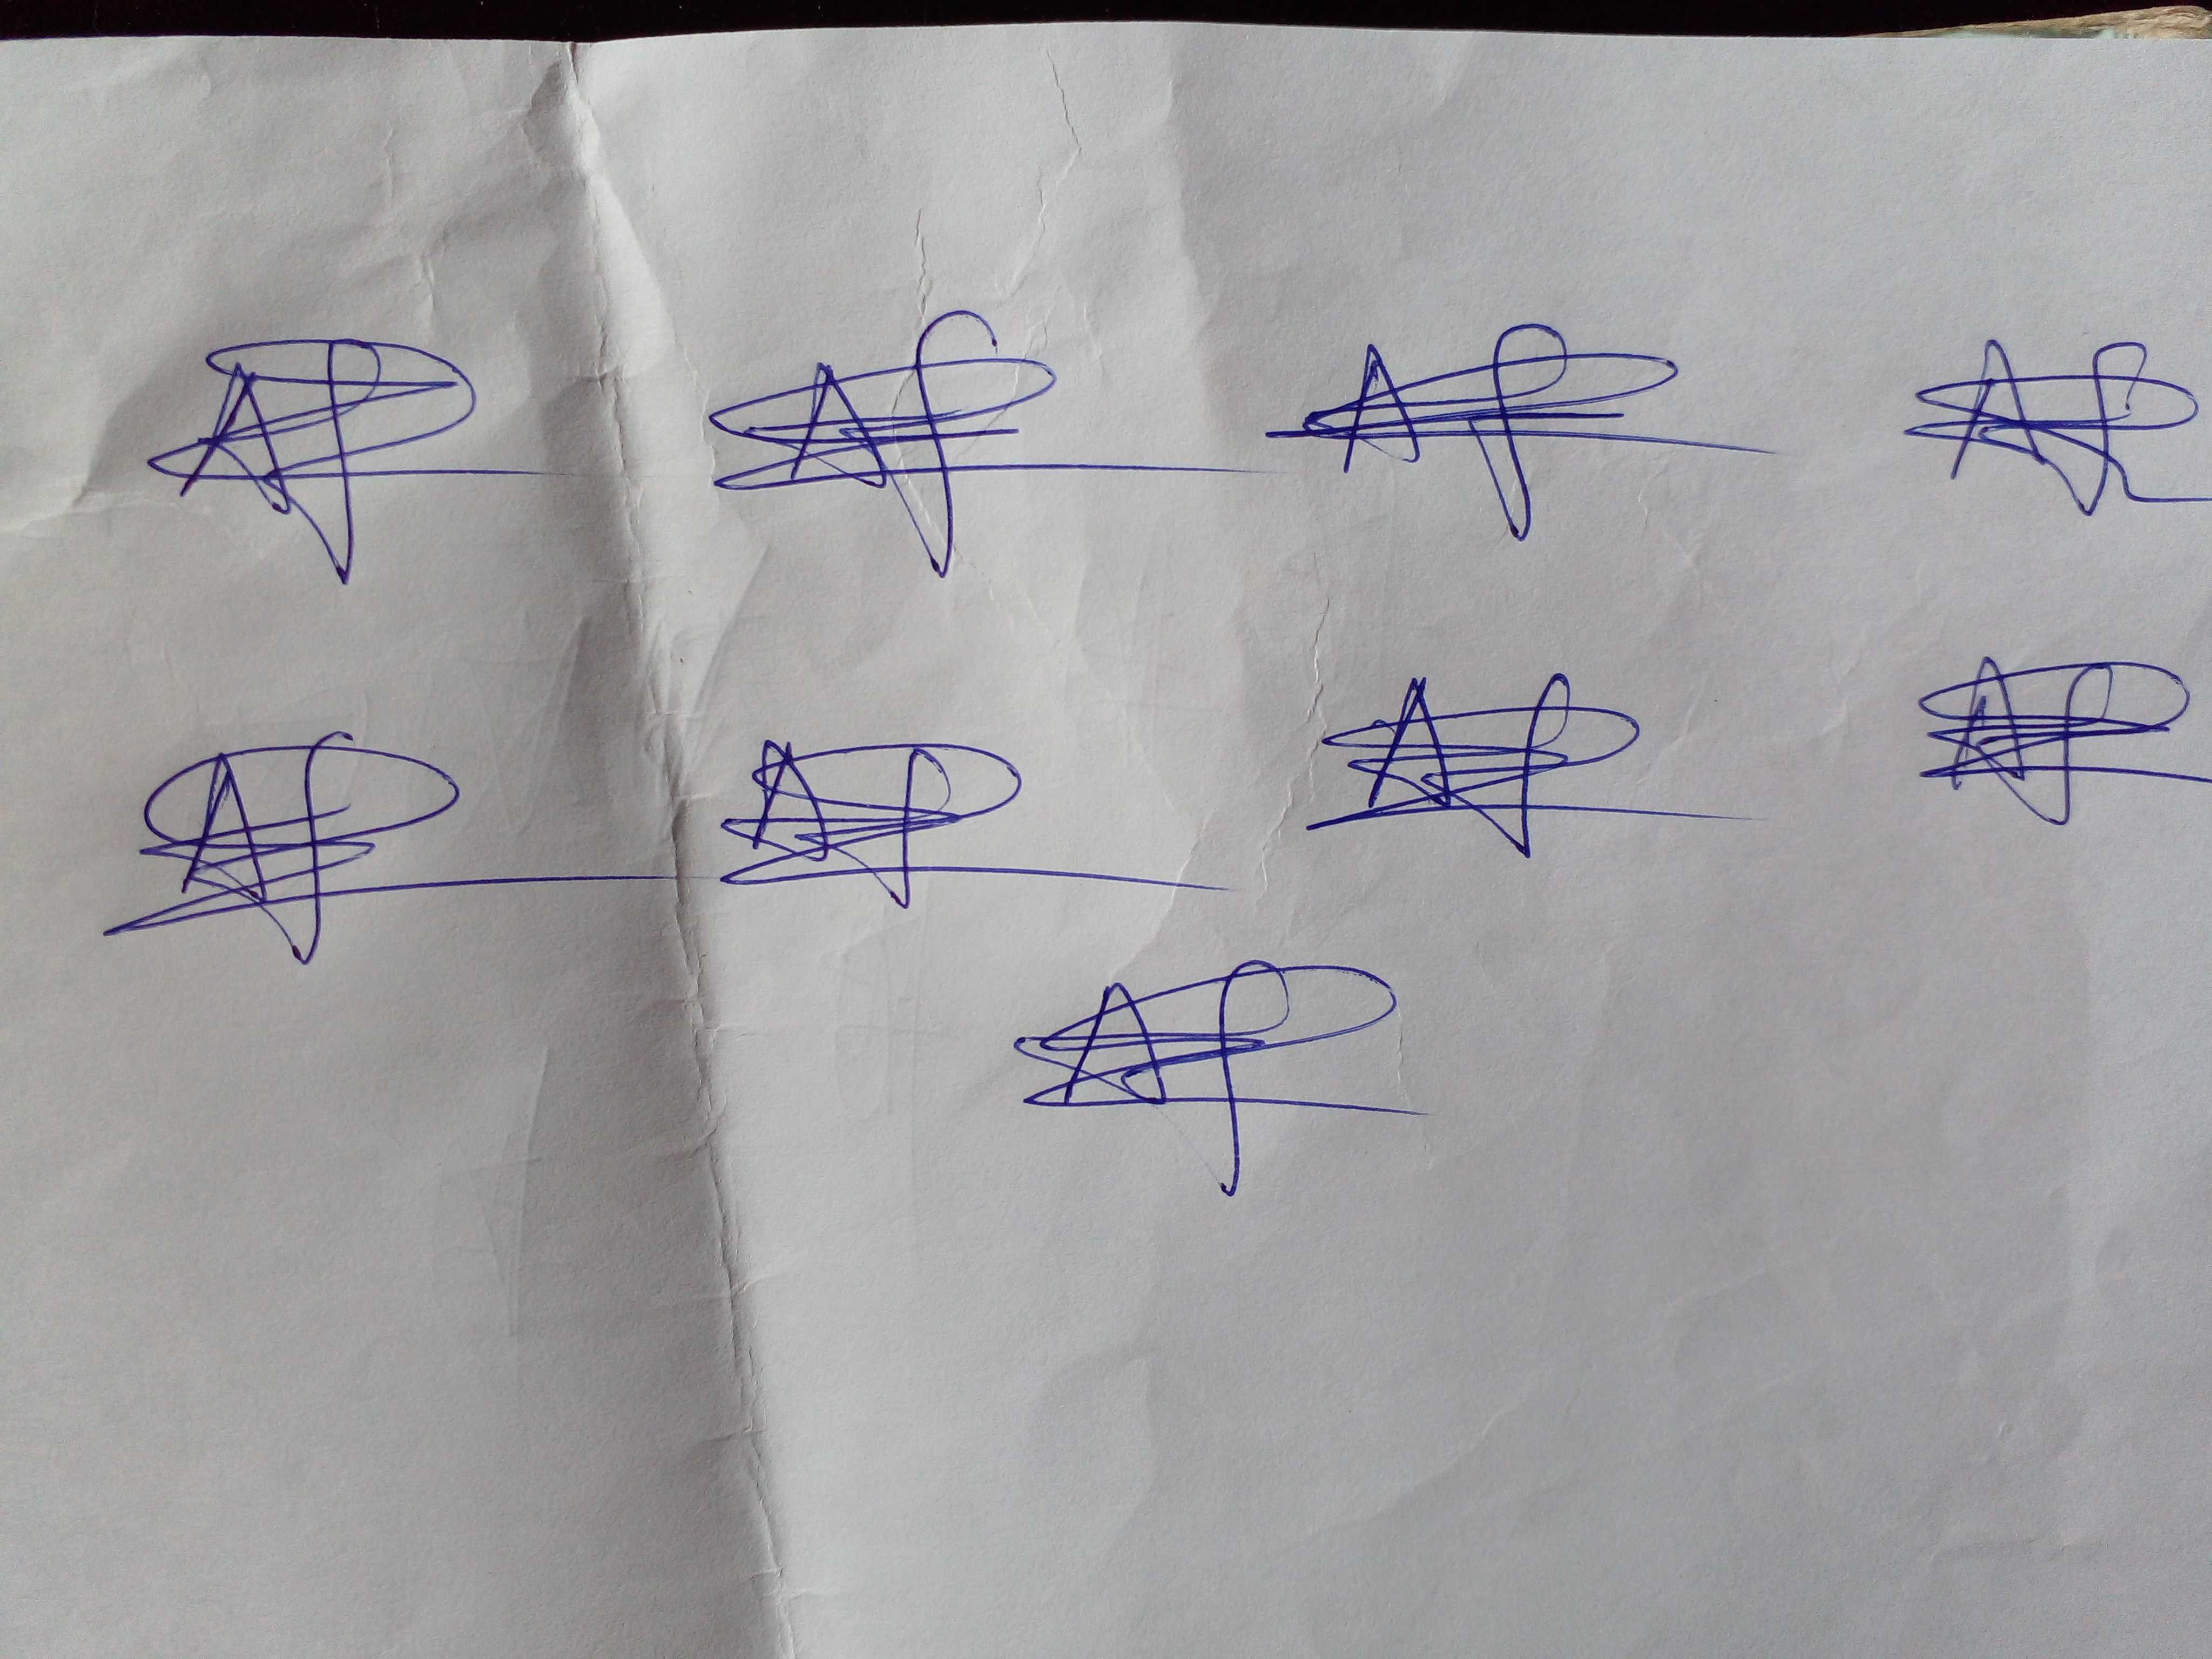
Signature authenticity: genuine